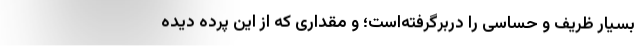
بسیار ظریف و حساسی را دربرگرفته‌است؛ و مقداری که از این پرده دیده